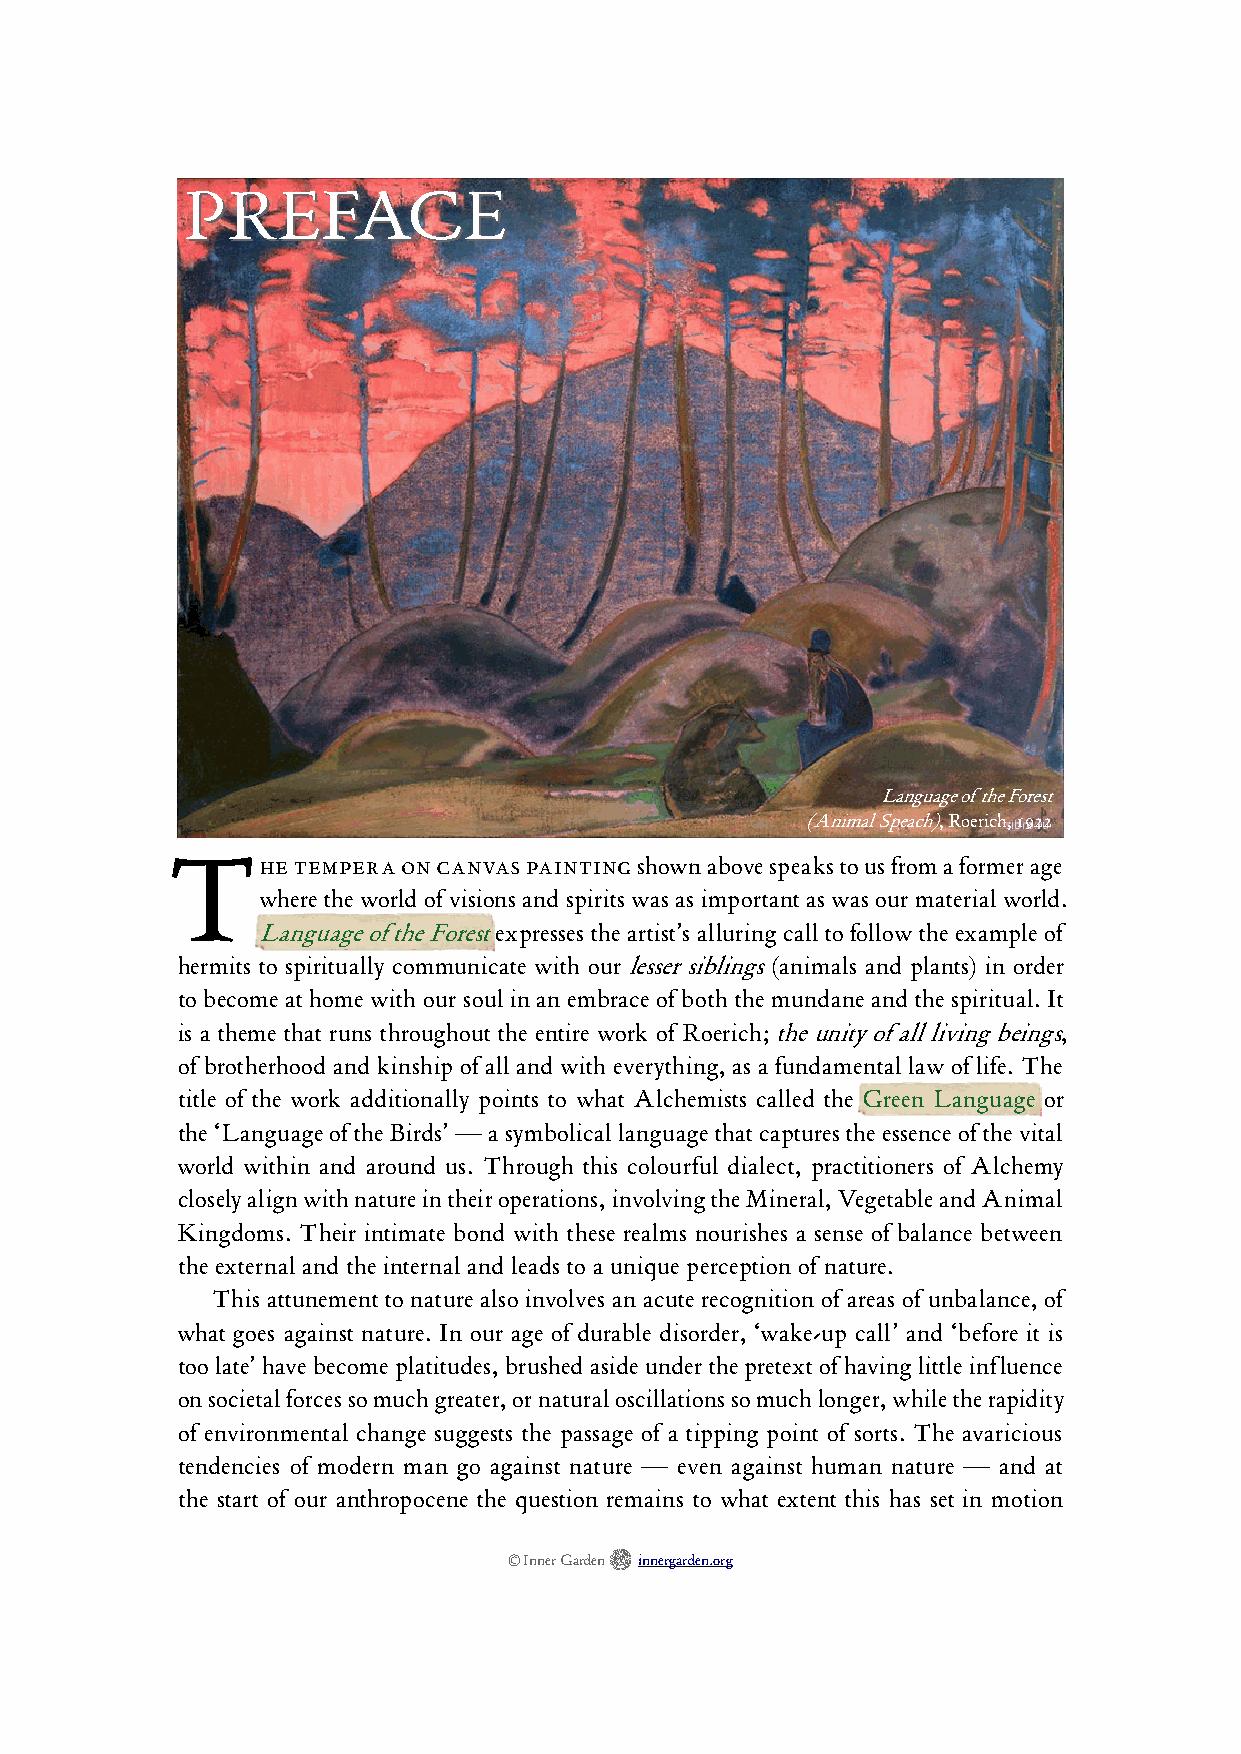
PPRREEFFAACCEE
 Language of the Forest
 (Animal Speach), Roerich, 1922
 T
 he tempera on canvas painting shown above speaks to us from a former age
 where the world of visions and spirits was as important as was our material world.
 Language of the Forest expresses the artist’s alluring call to follow the example of
 hermits to spiritually communicate with our lesser siblings (animals and plants) in order
 to become at home with our soul in an embrace of both the mundane and the spiritual. It
 is a theme that runs throughout the entire work of Roerich; the unity of all living beings,
 of brotherhood and kinship of all and with everything, as a fundamental law of life. The
 title of the work additionally points to what Alchemists called the Green Language or
 the ‘Language of the Birds’ — a symbolical language that captures the essence of the vital
 world within and around us. Through this colourful dialect, practitioners of Alchemy
 closely align with nature in their operations, involving the Mineral, Vegetable and Animal
 Kingdoms. Their intimate bond with these realms nourishes a sense of balance between
 the external and the internal and leads to a unique perception of nature.
 This attunement to nature also involves an acute recognition of areas of unbalance, of
 what goes against nature. In our age of durable disorder, ‘wake-up call’ and ‘before it is
 too late’ have become platitudes, brushed aside under the pretext of having little influence
 on societal forces so much greater, or natural oscillations so much longer, while the rapidity
 of environmental change suggests the passage of a tipping point of sorts. The avaricious
 tendencies of modern man go against nature — even against human nature — and at
 the start of our anthropocene the question remains to what extent this has set in motion

 © Inner Garden innergarden.org